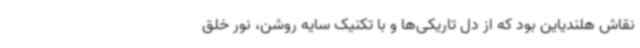
نقاش هلندیاین بود که از دل تاریکی‌ها و با تکنیک سایه روشن، نور خلق